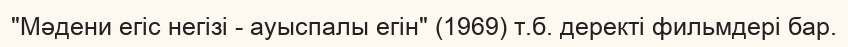
"Мәдени егіс негізі - ауыспалы егін" (1969) т.б. деректі фильмдері бар.